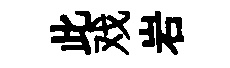
此戏岩